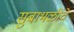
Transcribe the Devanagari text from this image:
सुबाभळीचे